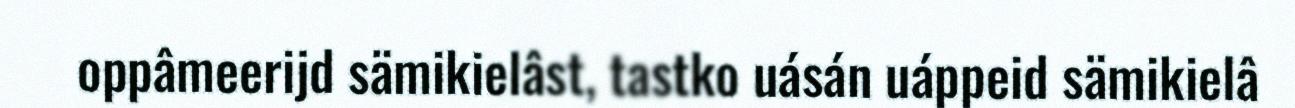
oppâmeerijd sämikielâst, tastko uásán uáppeid sämikielâ